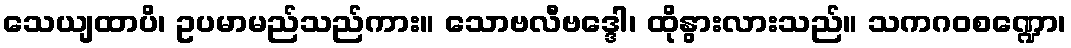
သေယျထာပိ၊ ဥပမာမည်သည်ကား။ သောဗလီဗဒ္ဒေါ၊ ထိုနွားလားသည်။ သကဂဝစဏ္ဍော၊